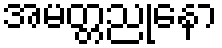
အမတ္တညုနော